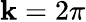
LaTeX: \mathbf{k}=2\pi